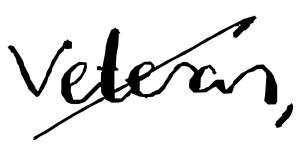
Text: veteran,
Cross-out: diagonal
Writing tool: digital_black